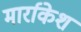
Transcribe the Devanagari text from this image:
मार्राकेश